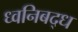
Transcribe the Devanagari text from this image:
ध्वनिबद्ध